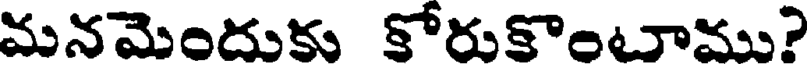
మనమెందుకు కోరుకొంటాము?